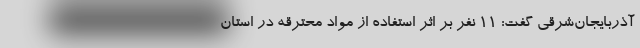
آذربایجان‌شرقی گفت: ۱۱ نفر بر اثر استفاده از مواد محترقه در استان